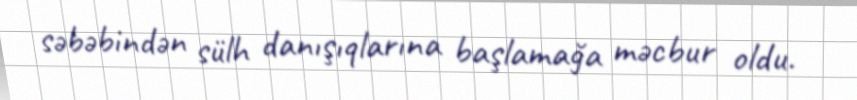
səbəbindən sülh danışıqlarına başlamağa məcbur oldu.